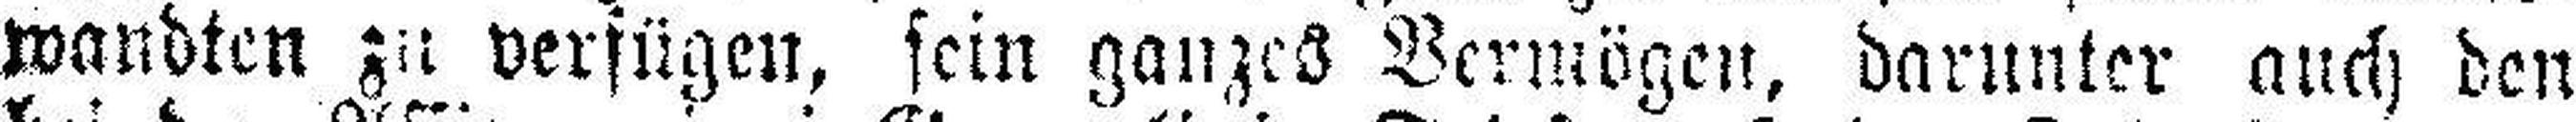
wandten zu verfügen, sein ganzes Vermögen, darunter auch den